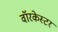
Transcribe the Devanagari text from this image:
वॉरकेस्टर